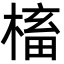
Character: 槒